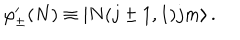
\varphi _ { \pm } ^ { \prime } ( N ) \equiv \left| N ( j \pm 1 , 1 ) j m \right\rangle .